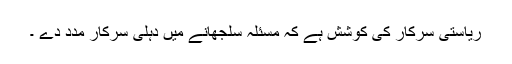
ریاستی سرکار کی کوشش ہے کہ مسئلہ سلجھانے میں دہلی سرکار مدد دے ۔